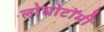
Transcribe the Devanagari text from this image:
लोबोटॉमी